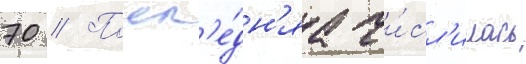
70 // Посл'е́дн'яа чи́сл'илась